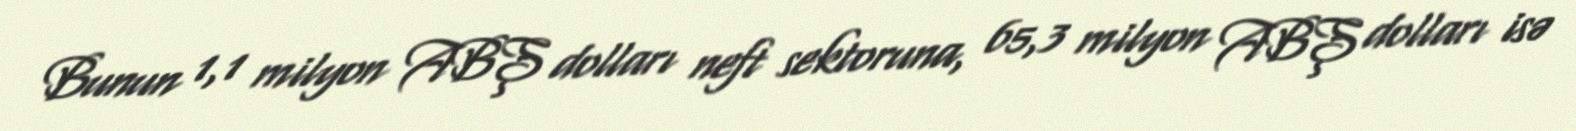
Bunun 1,1 milyon ABŞ dolları neft sektoruna, 65,3 milyon ABŞ dolları isə